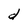
Character: d